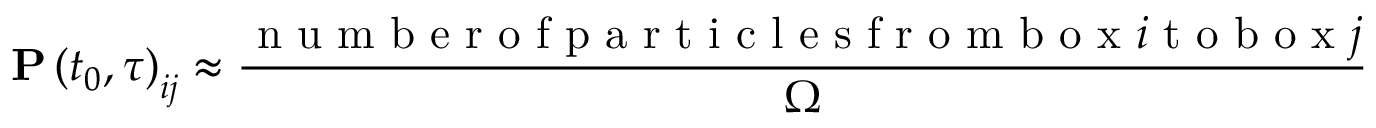
\mathbf { P } \left( t _ { 0 } , \tau \right) _ { i j } \approx \frac { \mathrm { ~ n ~ u ~ m ~ b ~ e ~ r ~ o ~ f ~ p ~ a ~ r ~ t ~ i ~ c ~ l ~ e ~ s ~ f ~ r ~ o ~ m ~ b ~ o ~ x ~ } i \mathrm { ~ t ~ o ~ b ~ o ~ x ~ } j } { \Omega }